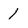
Character: 1